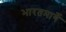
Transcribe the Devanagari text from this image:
भारतमार्गे